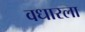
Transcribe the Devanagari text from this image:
वधारला